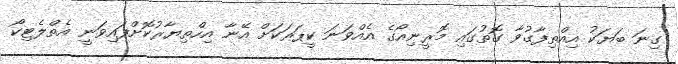
ގިނަ ބަޔަކު އިއްތިފާގުވާ ގޮތުގައި މޮރީނިއޯގެ އެއްވަނަ ކީޕަރަކަށް އޭނާ އިހްތިޔާރުކޮށްފައިވަނީ އެތްލެޓިކޯ